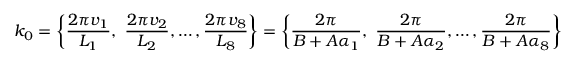
k _ { 0 } = \left\{ \frac { 2 \pi v _ { 1 } } { L _ { 1 } } , \ \frac { 2 \pi v _ { 2 } } { L _ { 2 } } , \ldots , \frac { 2 \pi v _ { 8 } } { L _ { 8 } } \right\} = \left\{ \frac { 2 \pi } { B + A \alpha _ { 1 } } , \ \frac { 2 \pi } { B + A \alpha _ { 2 } } , \ldots , \frac { 2 \pi } { B + A \alpha _ { 8 } } \right\}